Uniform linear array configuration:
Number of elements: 64
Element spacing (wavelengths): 0.25
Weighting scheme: hamming
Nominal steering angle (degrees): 45
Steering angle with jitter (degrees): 45.395
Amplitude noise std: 0.05
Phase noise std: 0.05

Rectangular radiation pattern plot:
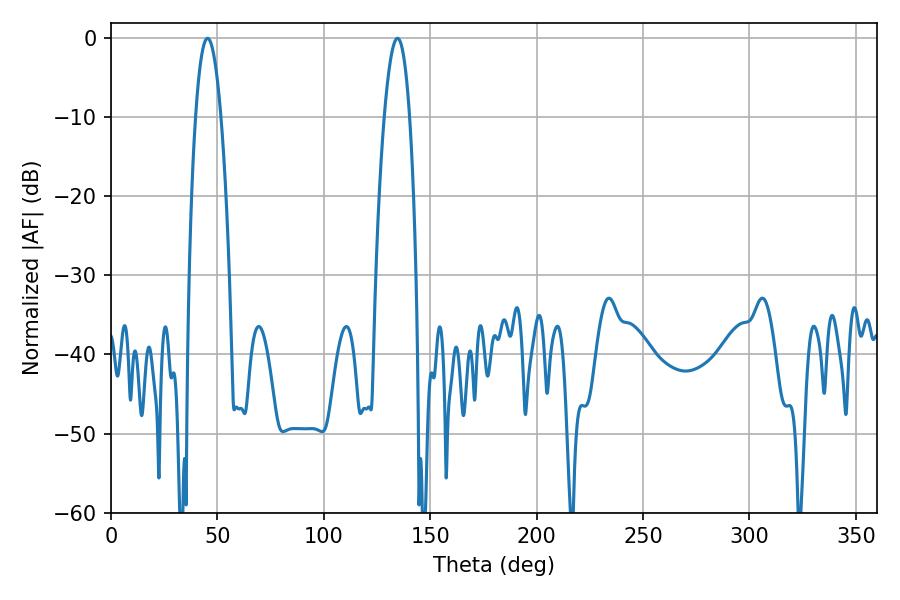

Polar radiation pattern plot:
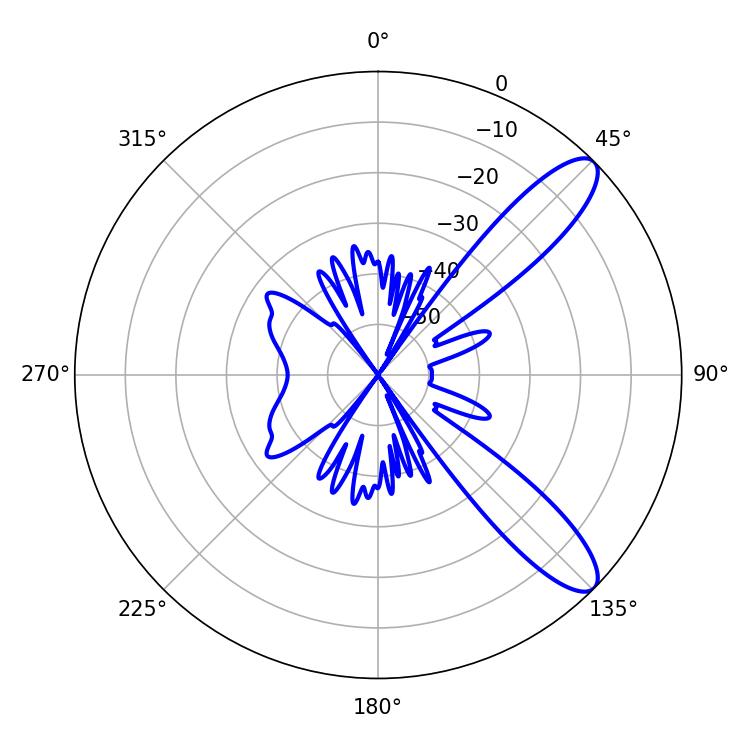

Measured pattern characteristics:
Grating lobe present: FALSE
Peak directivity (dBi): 10.557
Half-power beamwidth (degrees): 6.66
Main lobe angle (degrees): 45.36